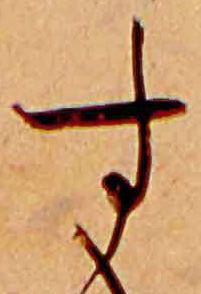
す